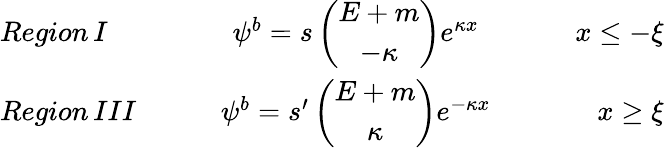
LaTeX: \begin{array}{lcr}{{Region\, I\qquad}}&{{\psi^{b}=s\left(\begin{array}{c}{{E+m}}\\ {{-\kappa}}\end{array}\right)e^{\kappa x}}}&{{\qquad x\leq-\xi}}\\ {{Region\, III\qquad}}&{{\psi^{b}=s^{\prime}\left(\begin{array}{c}{{E+m}}\\ {{\kappa}}\end{array}\right)e^{-\kappa x}}}&{{\qquad x\geq\xi}}\end{array}